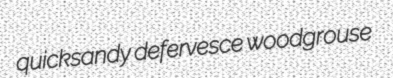
quicksandy defervesce woodgrouse